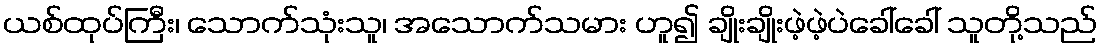
ယစ်ထုပ်ကြီး၊ သောက်သုံးသူ၊ အသောက်သမား ဟူ၍ ချိုးချိုးဖဲ့ဖဲ့ပဲခေါ်ခေါ် သူတို့သည်